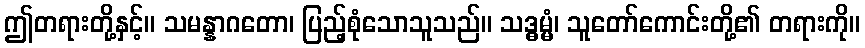
ဤတရားတို့နှင့်။ သမန္နာဂတော၊ ပြည့်စုံသောသူသည်။ သဒ္ဓမ္မံ၊ သူတော်ကောင်းတို့၏ တရားကို။